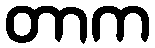
တာက